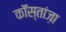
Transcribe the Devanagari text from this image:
कॉस्तांज़ा